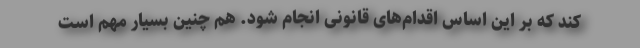
کند که بر این اساس اقدام‌های قانونی انجام شود. هم چنین بسیار مهم است